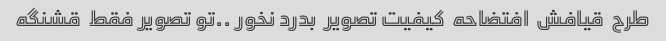
طرح  قیافش  افتضاحه  کیفیت تصویر  بدرد نخور ..تو تصویر فقط  قشنگه